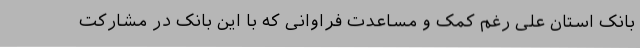
بانک استان علی رغم کمک و مساعدت فراوانی که با این بانک در مشارکت